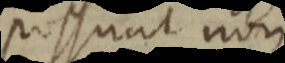
possunt non